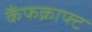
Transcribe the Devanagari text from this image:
कैंफक्राफ्ट